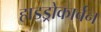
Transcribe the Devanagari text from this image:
हाडड्रोकार्बन